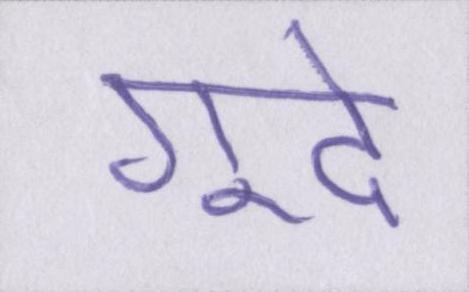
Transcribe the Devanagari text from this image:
गूदे